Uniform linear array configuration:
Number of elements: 48
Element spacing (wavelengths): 0.5
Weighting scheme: hamming
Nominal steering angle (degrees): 45
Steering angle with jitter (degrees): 45.075
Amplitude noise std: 0.05
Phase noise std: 0.05

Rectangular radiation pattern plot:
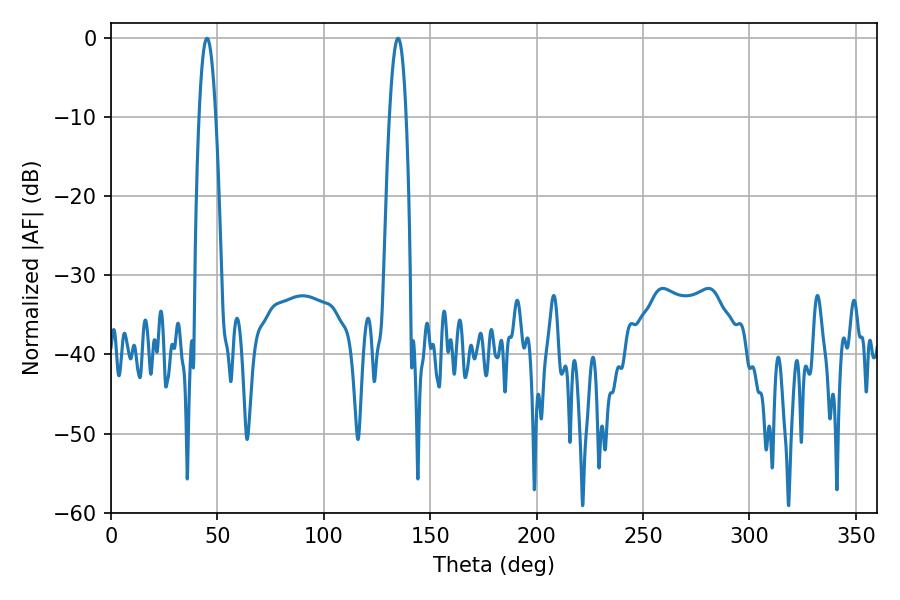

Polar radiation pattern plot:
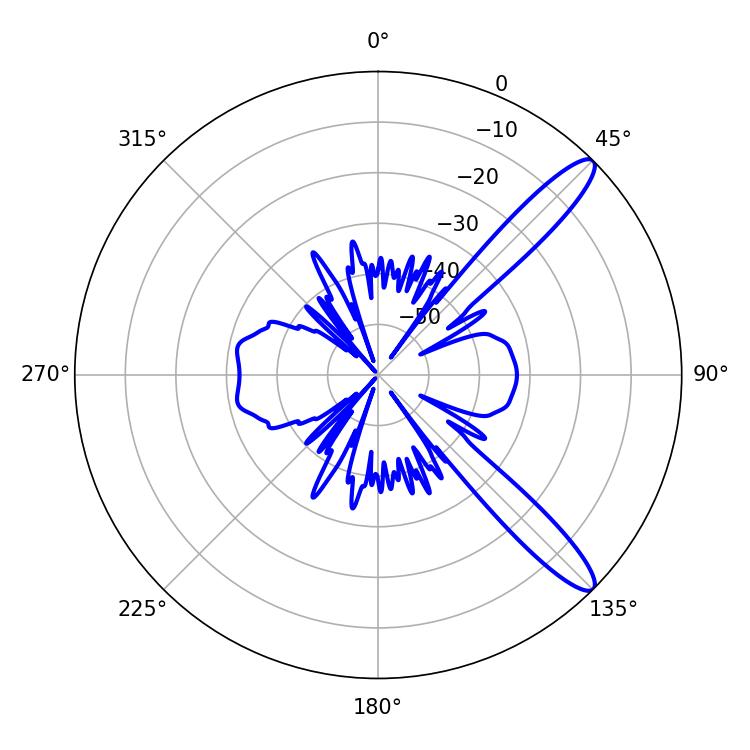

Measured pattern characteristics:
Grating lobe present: FALSE
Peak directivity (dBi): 12.363
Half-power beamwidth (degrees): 4.32
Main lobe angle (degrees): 134.82